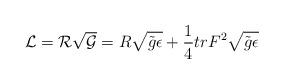
LaTeX: \begin{align*}{\cal L } ={\cal R}\sqrt{\cal G} ={R}\sqrt{\tilde{g}\epsilon}+\frac{1}{4}tr {F}^{2}\sqrt{\tilde{g}\epsilon} \end{align*}